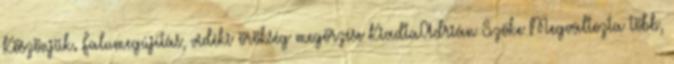
Köszönjük. Falumegújítás, vidéki örökség megőrzése KiadtaAdrián Szőke Megváltozta több,